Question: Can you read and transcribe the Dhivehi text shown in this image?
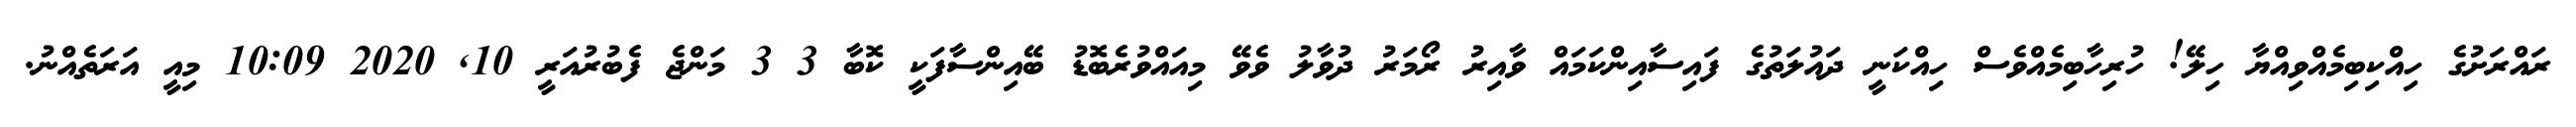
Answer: ރައްރަށުގެ ހިއްކިބިމެއްވިއްޔާ ހިލޭ! ހުރިހާބިމެއްވެސް ހިއްކަނީ ދައުލަތުގެ ފައިސާއިންކަމައް ވާއިރު ރޯމަރު ދުވާލު ވެވޭ މިއައްވުރެބޮޑު ބޭއިންސާފަކީ ކޮބާ 3 3 މަންޖެ ފެބުރުއަރީ 10, 2020 10:09 މިއީ އަރަތެއްނު.